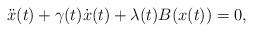
LaTeX: \begin{align*}\ddot x(t) + \gamma(t) \dot x(t) + \lambda(t)B(x(t))=0,\end{align*}